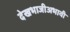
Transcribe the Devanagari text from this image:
देखभाजीअभावी